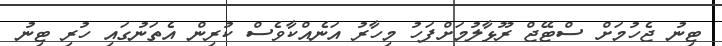
ޓިނު ޖެހުމަށް ސްޓޭޖް ރޫޅާލުމަށްފަހު މިހާރު އަނެއްކާވެސް ކުރިން އެތަނުގައި ހުރި ޓިނު